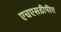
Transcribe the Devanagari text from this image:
एचएसडीपीए